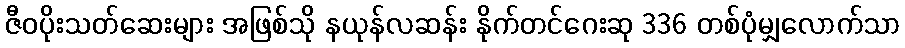
ဇီဝပိုးသတ်ဆေးများ အဖြစ်သို နယုန်လဆန်း နိုက်တင်ဂေးဆု 336 တစ်ပုံမျှလောက်သာ